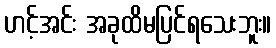
ဟင့်အင်း အခုထိမပြင်ရသေးဘူး။